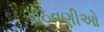
ગોઠવણીઓ